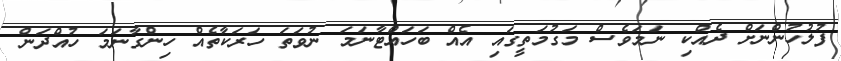
ފުލުހުންނަށް ދެއްކި ނަމަވެސް މަގުމަތީގައި އެއް ބަހައްޓާނަމަ ނުވަތަ ހަރަކާތެއް ހިންގާނަމަ ހުއްދަން